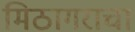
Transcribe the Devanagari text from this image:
मिठागराचा